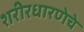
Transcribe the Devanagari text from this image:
शरीरधारणेचे